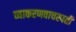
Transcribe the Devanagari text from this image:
व्याकरणवाचस्पती